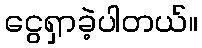
ငွေရှာခဲ့ပါတယ်။